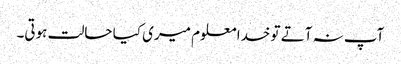
آپ نہ آتے تو خدا معلوم میری کیا حالت ہوتی۔